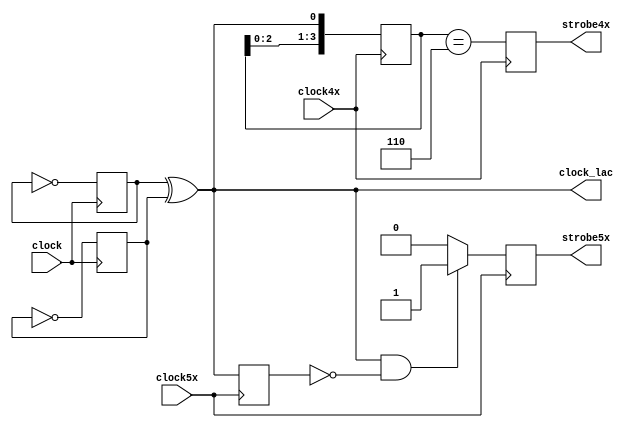

// overcome limitation that the Spartan-6 and prior generations to not allow routing a clock into logic, but we can replicate it with a
// "logic accessible clock" which is recovered from the clock but available on the fabric

module lac (
  input clock, // 40 MHz clock
  input clock4x,
  input clock5x,
  output clock_lac, // 180 degree 40MHz clock
  output strobe4x, // goes high on rising edge of clock_lac
  output strobe5x
);

reg lac_pos=0;
reg lac_neg=0;

(* max_fanout = 16 *) reg strobe_int_4x;
(* max_fanout = 16 *) reg rising_edge_5x;
(* max_fanout = 16 *) wire clock_lac_int;

always @(posedge clock) lac_pos <= ~lac_pos;
always @(negedge clock) lac_neg <= ~lac_neg;

assign clock_lac_int = lac_pos ^ lac_neg;

assign clock_lac = clock_lac_int;
assign strobe4x    = strobe_int_4x;
assign strobe5x    = rising_edge_5x;

reg [3:0] clock_sampled_4x;
always @(posedge clock4x) begin
  clock_sampled_4x <= {clock_sampled_4x[2:0], clock_lac};
  strobe_int_4x    <= (clock_sampled_4x==4'b0110);
end


reg clock_sampled_5x;
always @(posedge clock5x) begin

  clock_sampled_5x <= clock_lac;

  if (clock_lac && !clock_sampled_5x) rising_edge_5x <= 1'b1;
  else                                rising_edge_5x <= 1'b0;

end



endmodule